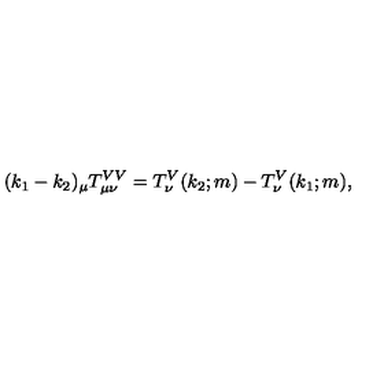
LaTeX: ( k _ { 1 } - k _ { 2 } ) _ { \mu } T _ { \mu \nu } ^ { V V } = T _ { \nu } ^ { V } ( k _ { 2 } ; m ) - T _ { \nu } ^ { V } ( k _ { 1 } ; m ) ,